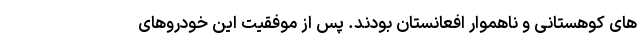
های کوهستانی و ناهموار افعانستان بودند. پس از موفقیت این خودروهای